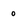
Character: o